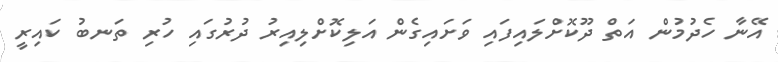
އޭނާ ހެދުމުން އަތް ދޫކޮށްލައިފައި ވަށައިގެން އަލިކޮށްލިއިރު ދުރުގައި ހުރި ތަނބު ކައިރީ